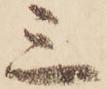
三